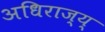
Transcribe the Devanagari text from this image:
अधिराज्य्